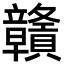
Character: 贛